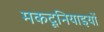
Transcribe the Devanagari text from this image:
मकदूनियाइयों